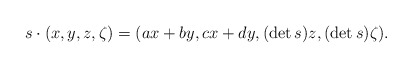
\begin{align*}s\cdot (x,y,z,\zeta)=(ax+by,cx+dy,(\det s)z,(\det s)\zeta).\end{align*}